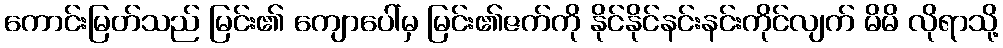
ကောင်းမြတ်သည် မြင်း၏ ကျောပေါ်မှ မြင်း၏ဇက်ကို နိုင်နိုင်နင်းနင်းကိုင်လျက် မိမိ လိုရာသို့